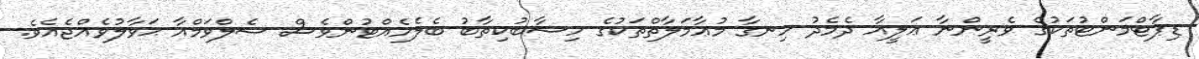
ޑިޕާޓްމަންޓުތަކުގެ ވެރީންނާ ޢަލީއާ ދެމެދު ހިނގާ މުޢާމަލާތްތަކުގެ ހިސާބުކިތާބު ބެލެހެއްޓުންވެސް ސެލްވަމްއާ ޙަވާލުވެއްޖެއެވެ.